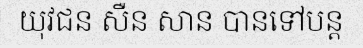
យុវជន សឺន សាន បានទៅបន្ត